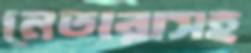
নেতারাসহ